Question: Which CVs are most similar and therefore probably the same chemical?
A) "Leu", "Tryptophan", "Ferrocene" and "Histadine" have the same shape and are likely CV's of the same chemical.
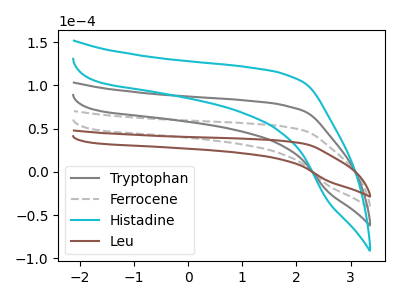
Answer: <think>The gray curve "Tryptophan" has no peaks. The gray dashed curve "Ferrocene" has no peaks. The cyan curve "Histadine" has no peaks. The brown curve "Leu" has no peaks.
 Neither "Tryptophan" or "Ferrocene" have any peaks. Neither "Tryptophan" or "Histadine" have any peaks. Neither "Tryptophan" or "Leu" have any peaks. Neither "Ferrocene" or "Histadine" have any peaks. Neither "Ferrocene" or "Leu" have any peaks. Neither "Histadine" or "Leu" have any peaks.</think>
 <answer>A) "Leu", "Tryptophan", "Ferrocene" and "Histadine" have the same shape and are likely CV's of the same chemical.</answer>
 <eval>A</eval>